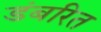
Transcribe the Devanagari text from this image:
डंबरित